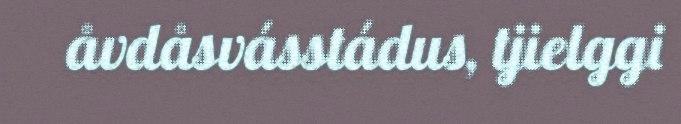
åvdåsvásstádus, tjielggi